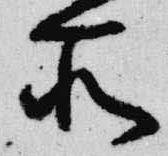
所